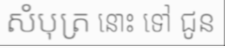
សំបុត្រ នោះ ទៅ ជូន